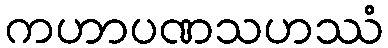
ကဟာပဏသဟဿံ